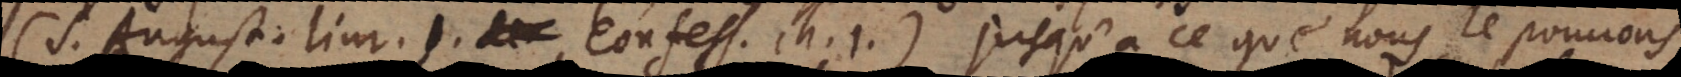
(S. August. livr. I. Confess. ch. 1.) jusqu’à ce que nous le pouvons